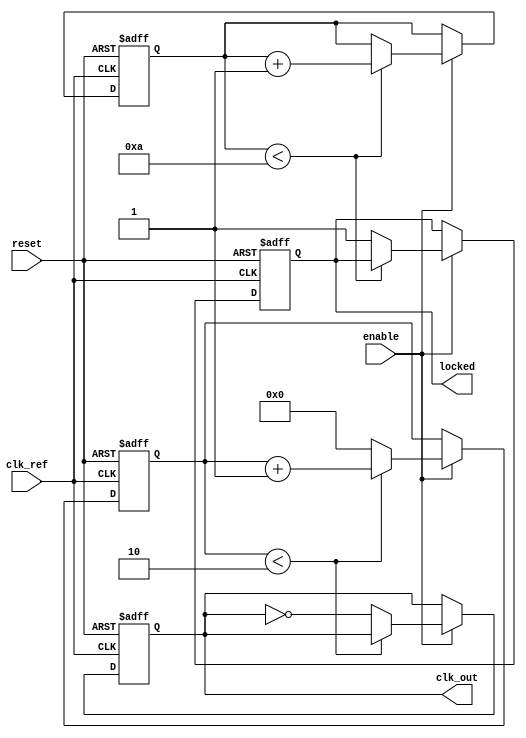
module Parameterized_PLL 
#(
    parameter F_ref = 50_000_000, // Reference Frequency in Hz
    parameter F_out = 100_000_000, // Desired Output Frequency in Hz
    parameter PHASE_RESOLUTION = 10, // Phase Resolution
    parameter LOCK_TIME = 10, // Locked Time in clock cycles
    parameter LOOP_BANDWIDTH = 1 // Loop Bandwidth
)
(
    input wire clk_ref,
    input wire reset,
    input wire enable,
    output reg clk_out,
    output reg locked
);

// Internal signals
reg [PHASE_RESOLUTION-1:0] phase_diff;
reg [PHASE_RESOLUTION-1:0] control_voltage;
reg [31:0] vco_count;
reg [31:0] lock_counter;
reg vco_enabled;

always @(posedge clk_ref or posedge reset) begin
    if (reset) begin
        // Reset internal states
        phase_diff <= 0;
        control_voltage <= 0;
        vco_count <= 0;
        clk_out <= 0;
        locked <= 0;
        lock_counter <= 0;
        vco_enabled <= 0;
    end else if (enable) begin
        // Phase detector logic (simplified)
        // This represents a basic phase detection
        if (vco_count < (F_out/F_ref)) begin
            vco_count <= vco_count + 1;
        end else begin
            clk_out <= ~clk_out;
            vco_count <= 0;
        end
        
        // Control voltage adjustment (simplified)
        phase_diff <= (PHASE_RESOLUTION - 1) - control_voltage; // Dummy phase adjustment logic
        control_voltage <= control_voltage + (phase_diff >> LOOP_BANDWIDTH); // Feedback for VCO
        
        // Update lock status
        if (lock_counter < LOCK_TIME) begin
            lock_counter <= lock_counter + 1;
        end else begin
            locked <= 1; // Indicate locked after lock_time
        end
    end
end

endmodule